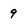
Character: 9